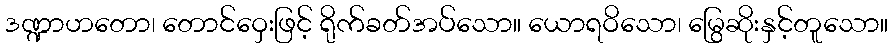
ဒဏ္ဍာဟတော၊ တောင်ဝှေးဖြင့် ရိုက်ခတ်အပ်သော။ ယောရဝိသော၊ မြွေဆိုးနှင့်တူသော။